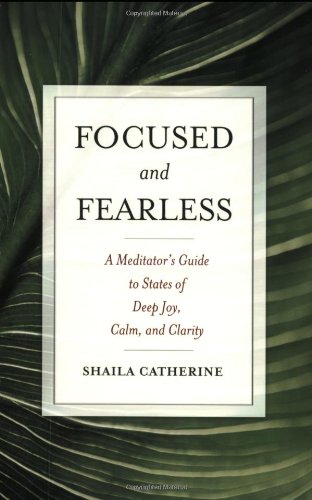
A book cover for Focused and Fearless: A Meditator's Guide to States of Deep Joy, Calm, and Clarity; Shaila Catherine; Religion & Spirituality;